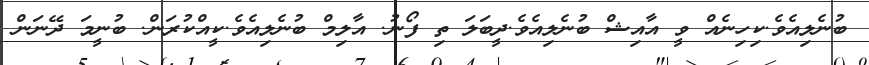
ބުނެލިއެވެ.ކިހިނެއް ވީ އާއިޝް ބުނެލިއެވެ.ދީބަލަ ތި ފޯނު. އާލިމް ބުނެލިއެވެ.ކީއްކުރަން. ބުނީމަ ދޭނަން